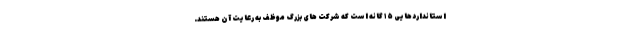
استانداردهایی ۱۵ گانه است که شرکت های بزرگ موظف به رعایت آن هستند.